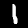
Label: 1